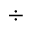
\div